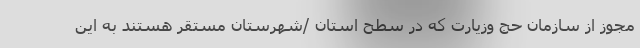
مجوز از سازمان حج وزیارت که در سطح استان /شهرستان مستقر هستند به این